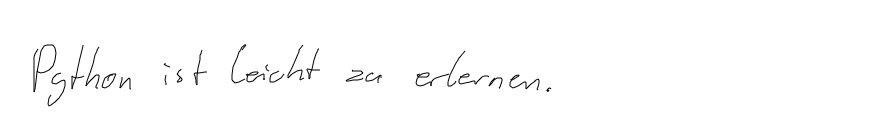
Python ist leicht zu erlernen.